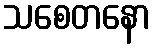
သစေတနော